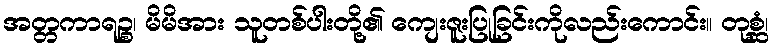
အတ္တကာရဉ္စ၊ မိမိအား သူတစ်ပါးတို့၏ ကျေးဇူးပြုခြင်းကိုလည်းကောင်း။ တုစ္ဆံ၊